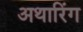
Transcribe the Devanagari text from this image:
अथारिंग